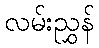
လမ်းညွှန်